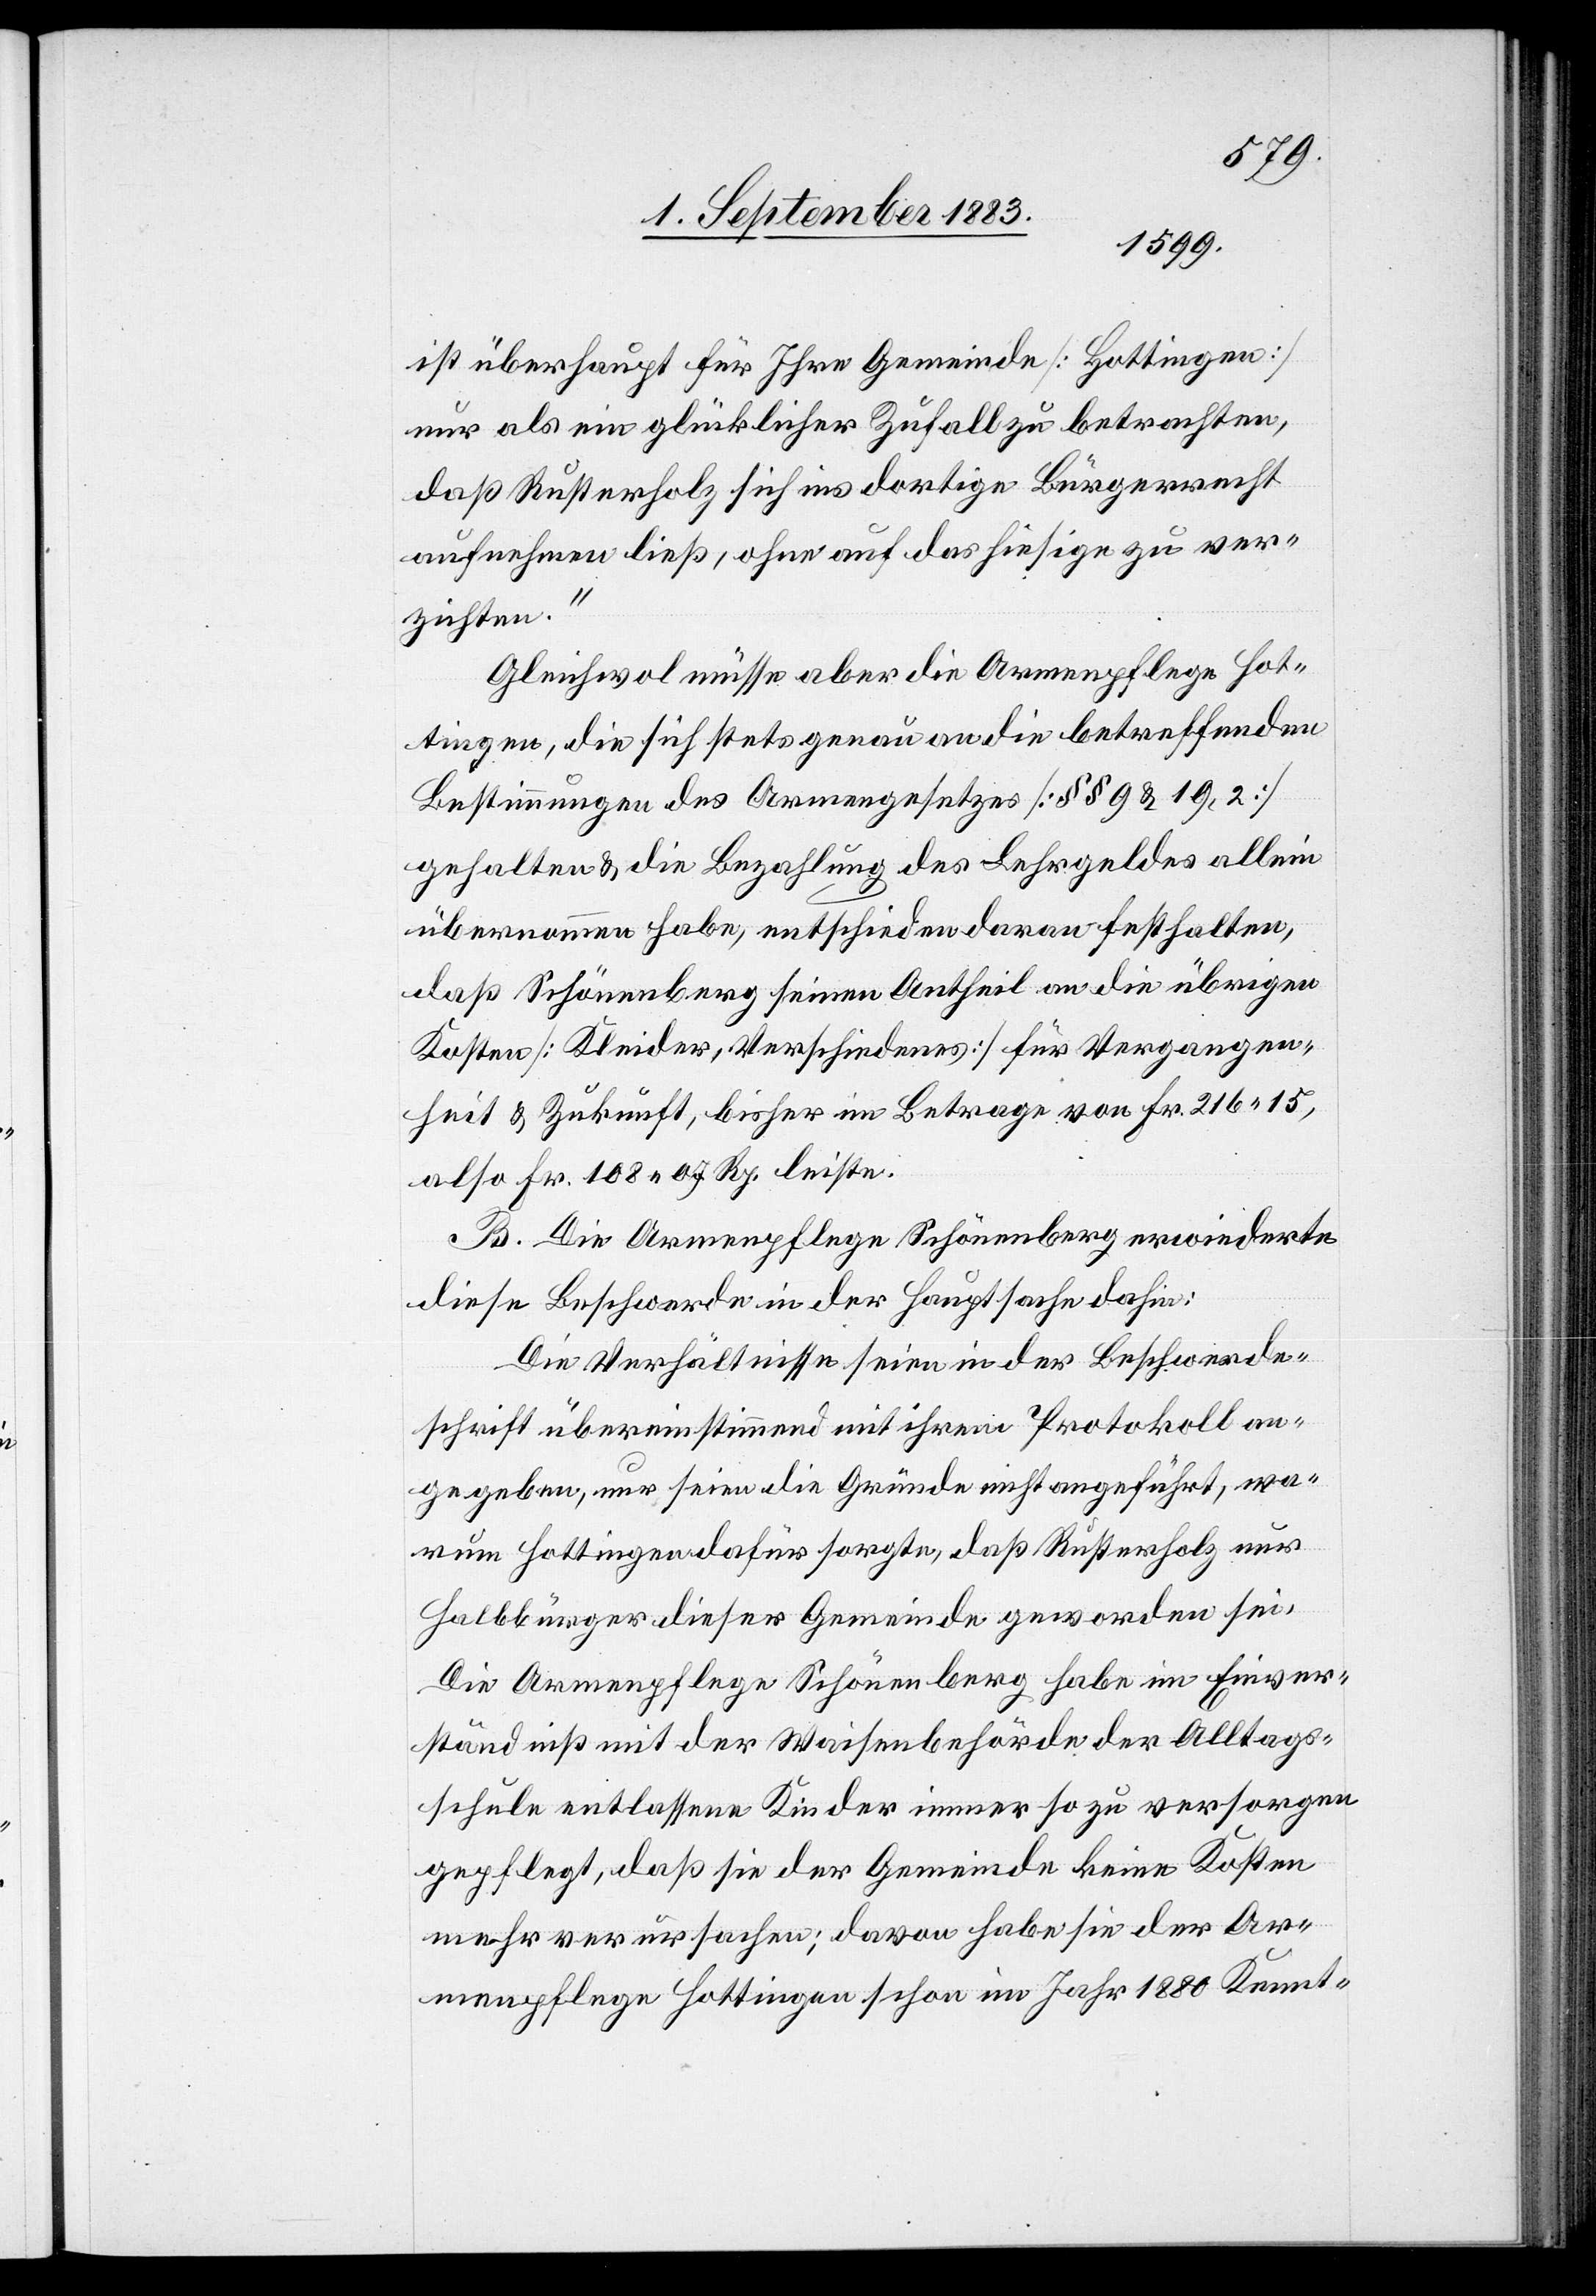
ist überhaupt für Ihre Gemeinde [Hottingen]
nur als ein glücklicher Zufall zu betrachten,
daß Rusterholz sich ins dortige Bürgerrecht
aufnehmen ließ, ohne auf das hiesige zu ver¬
zichten.“
Gleichwol müsse aber die Armenpflege Hot¬
tingen, die sich stets genau an die betreffenden
Bestimmungen des Armengesetzes [§§ 9 & 19, 2]
gehalten & die Bezahlung des Lehrgeldes allein
übernommen habe, entscheiden daran festhalten,
daß Schönenberg seinen Antheil an die übrigen
Kosten [Kleider, Verschiedenes] für Vergangen¬
heit & Zukunft, bisher im Betrage von Fr. 216 15,
also Fr. 108 07 Rp. leiste.
B. Die Armenpflege Schönenberg erwiederte
diese Beschwerde in der Hauptsache dahin:
Die Verhältnisse seien in der Beschwerde¬
schrift übereinstimmend mit ihrem Protokoll an¬
gegeben, nur seien die Gründe nicht angeführt, wa¬
rum Hottingen dafür sorgte, daß Rusterholz nur
Halbbürger dieser Gemeinde geworden sei.
Die Armenpflege Schönenberg habe im Einver¬
ständniß mit der Waisenbehörde der Alltags¬
schule entlassene Kinder immer so zu versorgen
gepflegt, daß sie der Gemeinde keine Kosten
mehr verursachen; davon habe sie der Ar¬
menpflege Hottingen schon im Jahr 1880 Kennt-